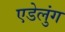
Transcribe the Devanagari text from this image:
एडेलुंग